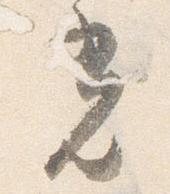
光